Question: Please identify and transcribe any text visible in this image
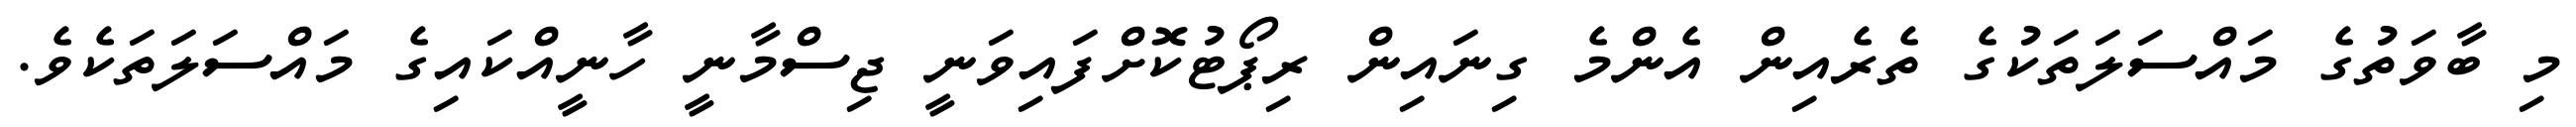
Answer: މި ބާވަތުގެ މައްސަލަތަކުގެ ތެރެއިން އެންމެ ގިނައިން ރިޕޯޓުކޮށްފައިވަނީ ޖިސްމާނީ ހާނީއްކައިގެ މައްސަލަތަކެވެ.